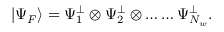
\left| \Psi _ { F } \right\rangle = \Psi _ { 1 } ^ { \perp } \otimes \Psi _ { 2 } ^ { \perp } \otimes \ldots \ldots \Psi _ { N _ { w } } ^ { \perp } .